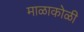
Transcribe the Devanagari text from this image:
माळाकोळी